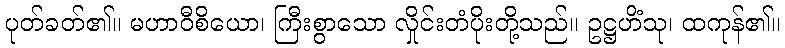
ပုတ်ခတ်၏။ မဟာဝီစိယော၊ ကြီးစွာသော လှိုင်းတံပိုးတို့သည်။ ဥဋ္ဌဟိံသု၊ ထကုန်၏။